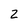
Character: 2